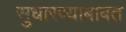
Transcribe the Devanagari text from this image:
सुधारण्याबाबत